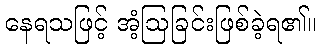
နေရသဖြင့် အံ့ဩခြင်းဖြစ်ခဲ့ရ၏။